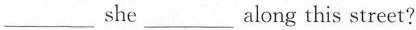
___ she ___ along this street.